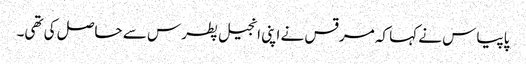
پاپیاس نے کہا کہ مرقس نے اپنی انجیل پطرس سے حاصل کی تھی۔